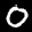
Label: 0